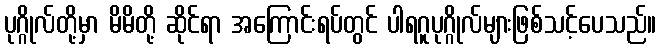
ပုဂ္ဂိုလ်တို့မှာ မိမိတို့ ဆိုင်ရာ အကြောင်းရပ်တွင် ပါရဂူပုဂ္ဂိုလ်များဖြစ်သင့်ပေသည်။